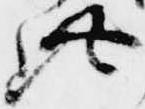
此